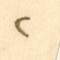
٢